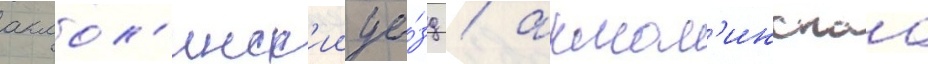
акмол'инск'ии уе́зд / акмол'инскаа